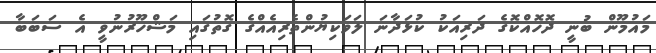
މައުމޫން ބުނީ ދޮހޮއްކޮގެ ދަރިއަކު ކުޅަދާނަ ލަވަކިޔުންތެރިއެއްގެ ގޮތުގައި މަޝްހޫރުނުވީ އެ ސަބަބާ